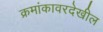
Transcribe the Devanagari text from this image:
क्रमांकावरदेखील